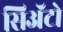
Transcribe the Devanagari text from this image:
सिअॅटो